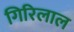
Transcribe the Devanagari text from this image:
गिरिलाल